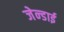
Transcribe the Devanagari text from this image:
जेन्‍डाई